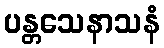
ပန္တသေနာသနံ